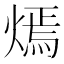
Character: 𤎄